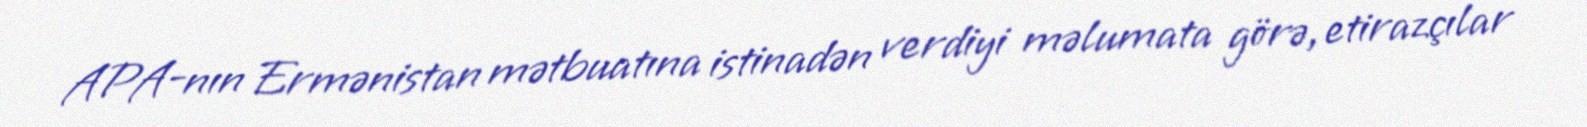
APA-nın Ermənistan mətbuatına istinadən verdiyi məlumata görə, etirazçılar